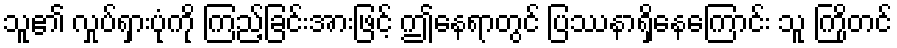
သူ၏ လှုပ်ရှားပုံကို ကြည့်ခြင်းအားဖြင့် ဤနေရာတွင် ပြဿနာရှိနေကြောင်း သူ ကြိုတင်